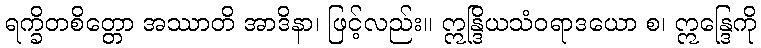
ရက္ခိတစိတ္တော အဿာတိ အာဒိနာ၊ ဖြင့်လည်း။ ဣန္ဒြိယသံဝရာဒယော စ၊ ဣန္ဒြေကို